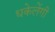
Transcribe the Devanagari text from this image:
धकेलेंगी